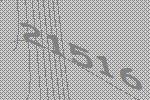
21516